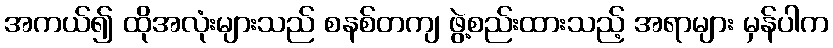
အကယ်၍ ထိုအလုံးများသည် စနစ်တကျ ဖွဲ့စည်းထားသည့် အရာများ မှန်ပါက